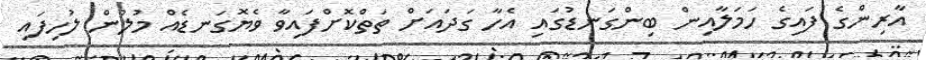
އާރިންގެ ފައިގެ ހަމަލާއިން ބިންގަނޑުގައި އެހާ ގަދައަށް ތަތްކޮށްފައިވާ ވެޔޮގަނޑެއް މުލުން ލުހިފައި